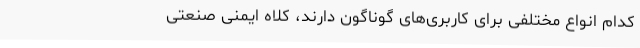
کدام انواع مختلفی برای کاربری‌های گوناگون دارند، کلاه ایمنی صنعتی